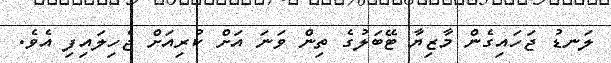
ލަނޑު ޖަހައިގެން މާޒިޔާ ޓޭބަލުގެ ތިން ވަނަ އަށް ކުރިއަށް ޖެހިލައިފި އެވެ.